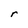
Character: r